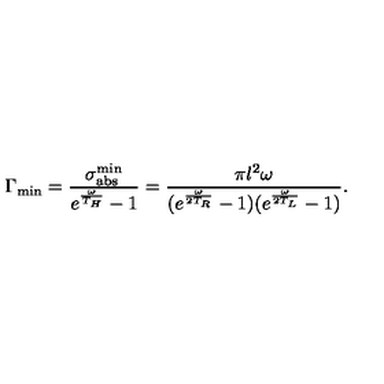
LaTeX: \Gamma _ { \mathrm { m i n } } = { \frac { \sigma _ { \mathrm { a b s } } ^ { \mathrm { m i n } } } { e ^ { \frac { \omega } { T _ { H } } } - 1 } } = { \frac { \pi l ^ { 2 } \omega } { ( e ^ { \frac { \omega } { 2 T _ { R } } } - 1 ) ( e ^ { \frac { \omega } { 2 T _ { L } } } - 1 ) } } .